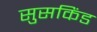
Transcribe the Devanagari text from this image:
सुसकिंड